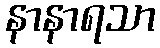
နာနာရသာ